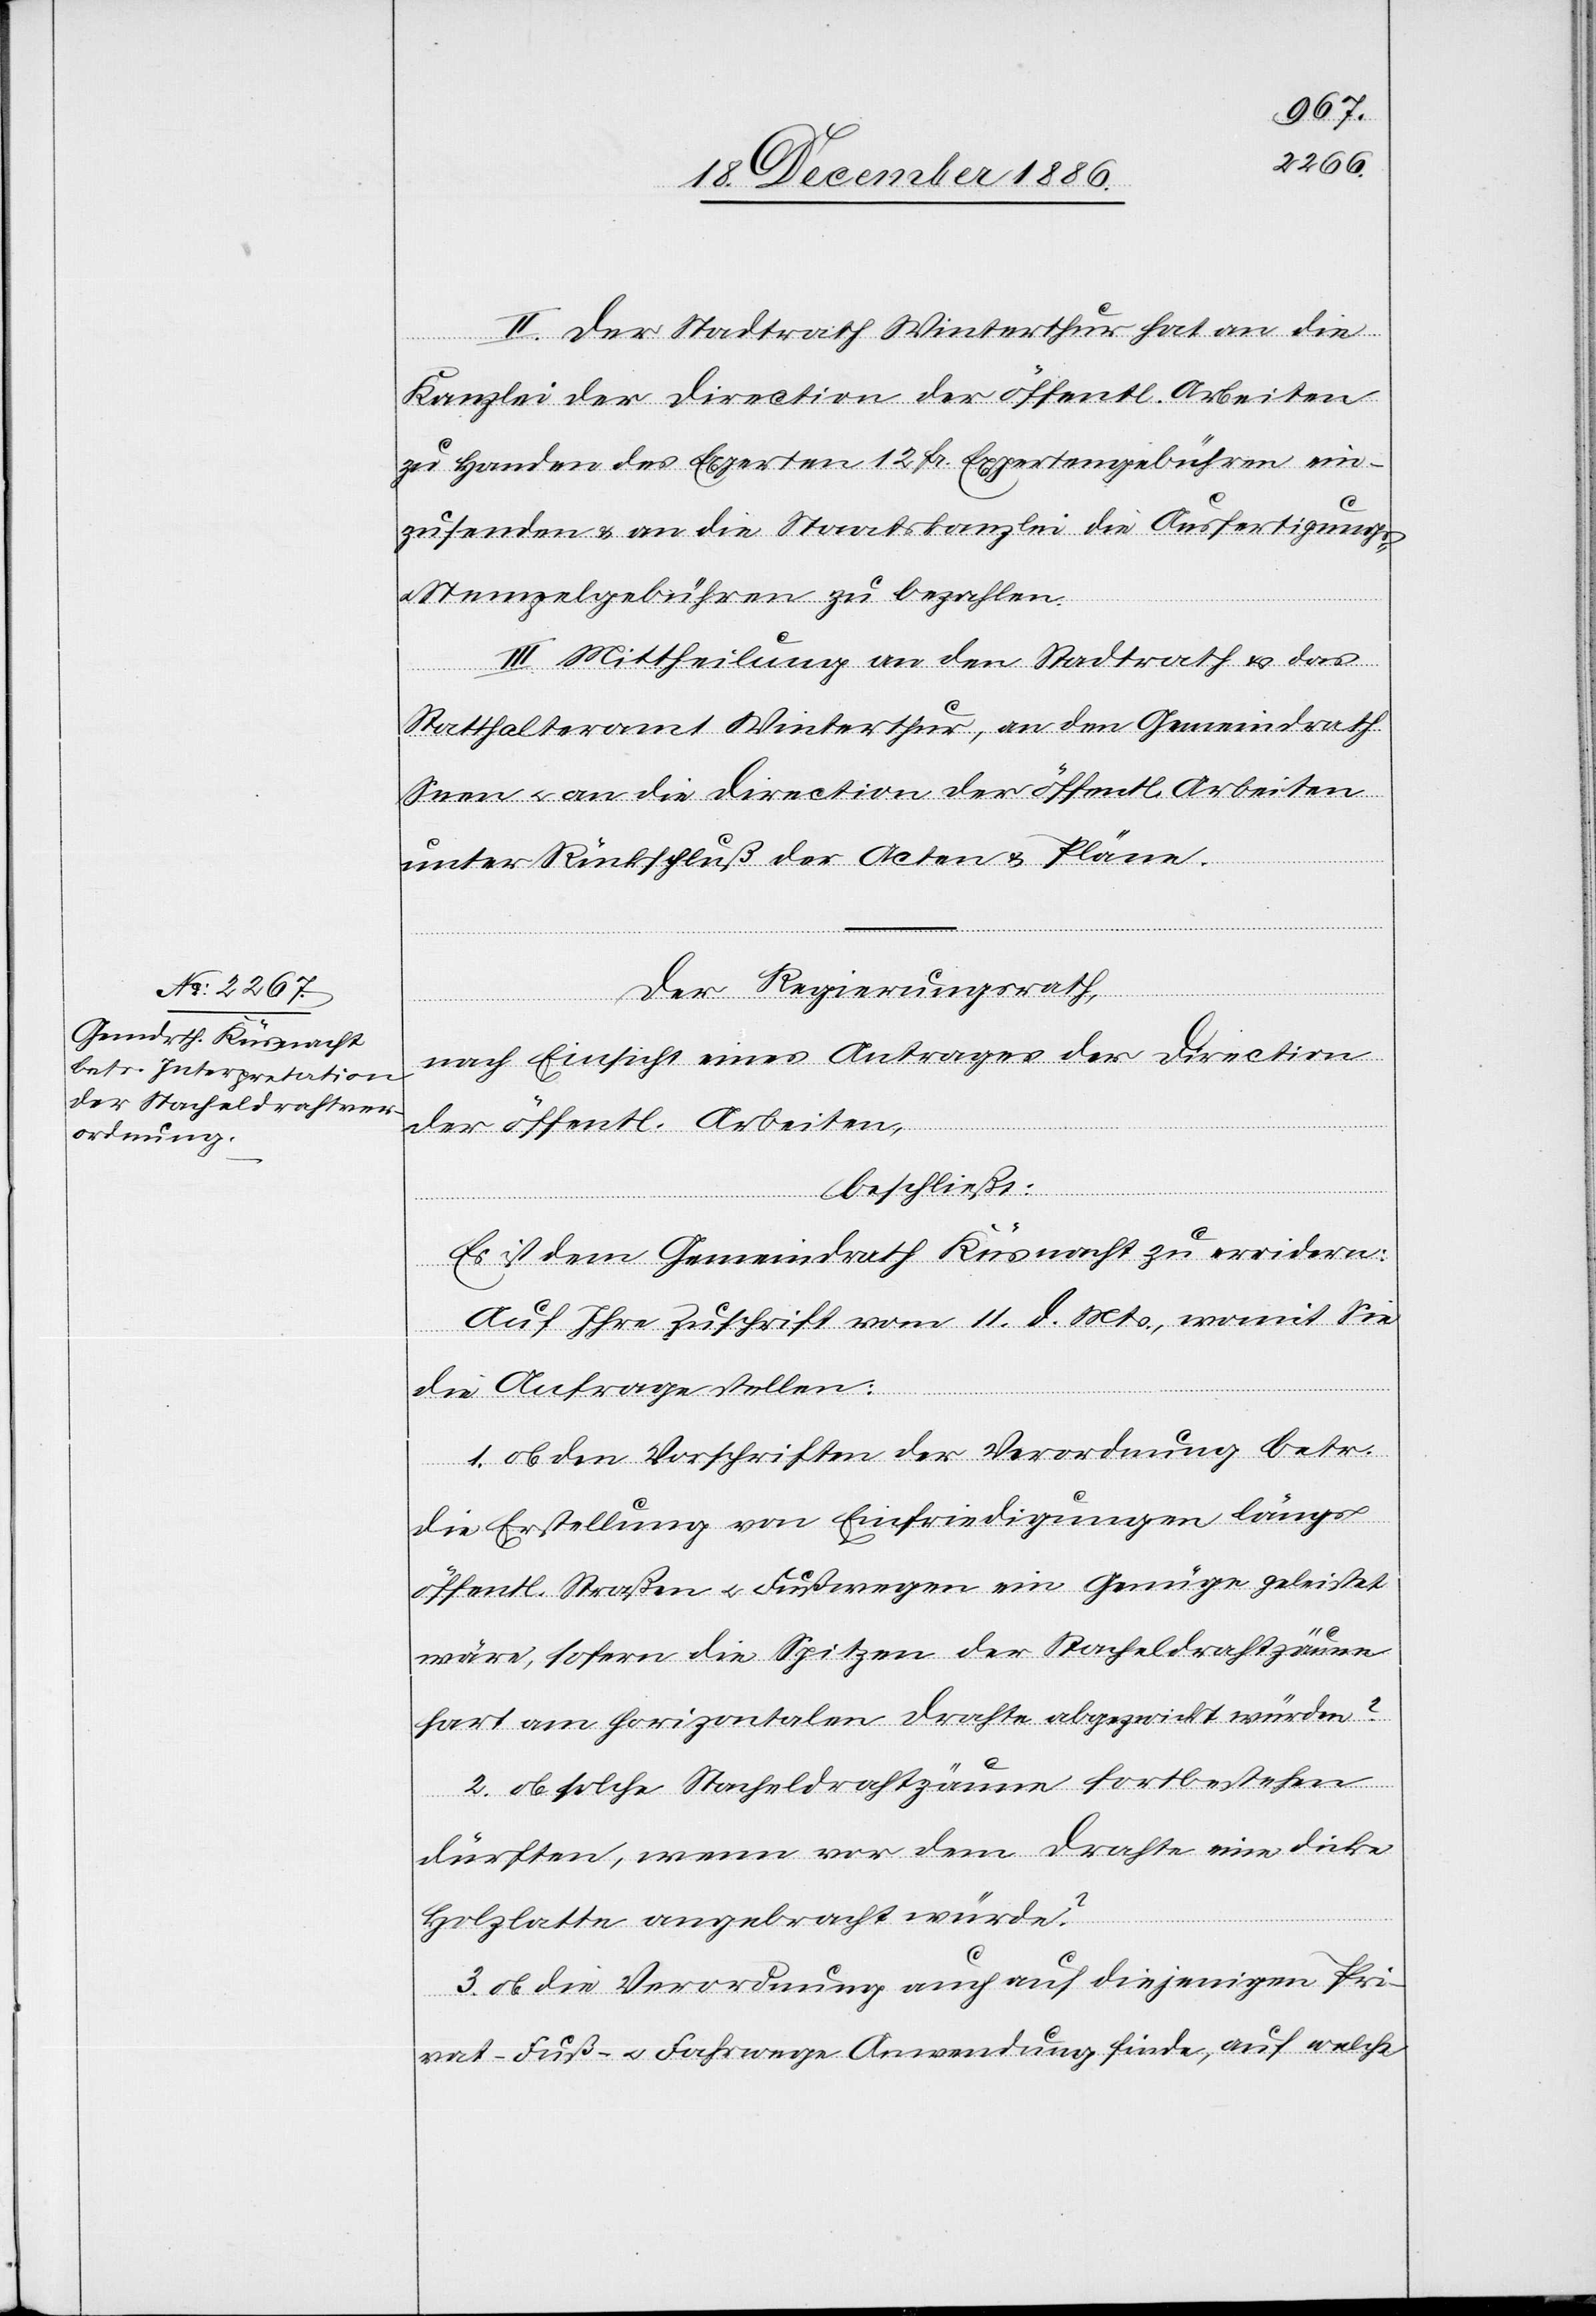
II. Der Stadtrath Winterthur hat an die
Kanzlei der Direction der öffentl. Arbeiten
zu Handen des Experten 12 Fr. Expertengebühren ein¬
zusenden & an die Staatskanzlei die Ausfertigungs-
Stempelgebühren zu bezahlen.
III. Mittheilung an den Stadtrath & das
Statthalteramt Winterthur, an den Gemeindrath
Seen & an die Direction der öffentl. Arbeiten
unter Rückschluß der Acten & Pläne.
Der Regierungsrath,
nach Einsicht eines Antrages der Direction
der öffentl. Arbeiten,
beschließt:
Es ist dem Gemeindrath Küsnacht zu erwidern:
Auf Ihre Zuschrift vom 11. d. Mts., womit Sie
die Anfrage stellen:
1. ob den Vorschriften der Verordnung betr.
die Erstellung von Einfriedigungen längs
öffentl. Straßen & Fußwegen ein Genüge geleistet
wäre, sofern die Spitzen der Stacheldrahtzäune
hart am horizontalen Drahte abgezwickt würden?
2. ob solche Stacheldrahtzäune fortbestehen
dürften, wenn vor dem Drahte eine dicke
Holzlatte angebracht würde?
3. ob die Verordnung auch auf diejenigen Pri¬
vat- Fuß- & Fahrwege Anwendung finde, auf welche